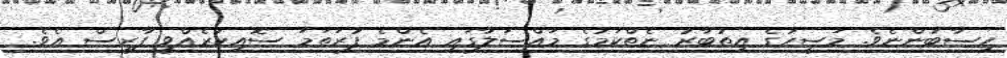
ހިސާބުންނެވެ. މަސީހުގެ އިތުބާރު ނެތްކަމުގެ މައްސަލާގައި އެންމެ ފުރަތަމަ ސޮއިކުރެއްވީ ފާރިސް އެވެ.